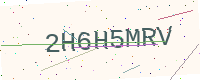
Text: 2H6H5MRV